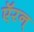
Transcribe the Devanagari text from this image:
ऍरन्